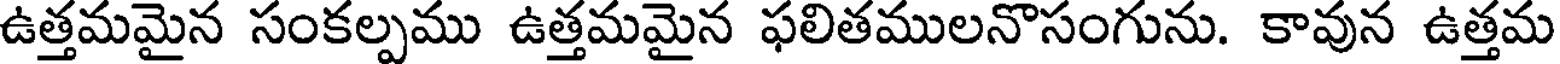
ఉత్తమమైన సంకల్పము ఉత్తమమైన ఫలితములనొసంగును. కావున ఉత్తమ